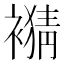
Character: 𧜹